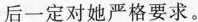
后一定对她严格要求。